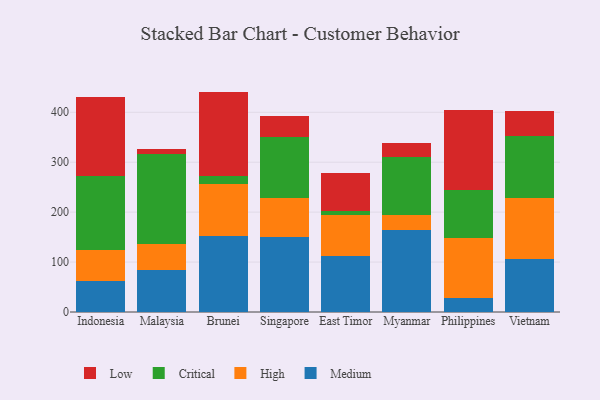
{"axis": {"x": "Country", "y": "Latency (ms)"}, "legend": ["Critical", "High", "Low", "Medium"], "data": [{"x": "Indonesia", "y": 62.6, "type": "Medium"}, {"x": "Indonesia", "y": 62.2, "type": "High"}, {"x": "Indonesia", "y": 148.1, "type": "Critical"}, {"x": "Indonesia", "y": 157.6, "type": "Low"}, {"x": "Malaysia", "y": 83.9, "type": "Medium"}, {"x": "Malaysia", "y": 52.0, "type": "High"}, {"x": "Malaysia", "y": 179.7, "type": "Critical"}, {"x": "Malaysia", "y": 10.6, "type": "Low"}, {"x": "Brunei", "y": 152.7, "type": "Medium"}, {"x": "Brunei", "y": 104.2, "type": "High"}, {"x": "Brunei", "y": 15.4, "type": "Critical"}, {"x": "Brunei", "y": 169.1, "type": "Low"}, {"x": "Singapore", "y": 149.3, "type": "Medium"}, {"x": "Singapore", "y": 79.4, "type": "High"}, {"x": "Singapore", "y": 120.9, "type": "Critical"}, {"x": "Singapore", "y": 43.8, "type": "Low"}, {"x": "East Timor", "y": 112.1, "type": "Medium"}, {"x": "East Timor", "y": 81.8, "type": "High"}, {"x": "East Timor", "y": 8.3, "type": "Critical"}, {"x": "East Timor", "y": 75.8, "type": "Low"}, {"x": "Myanmar", "y": 164.8, "type": "Medium"}, {"x": "Myanmar", "y": 29.9, "type": "High"}, {"x": "Myanmar", "y": 114.9, "type": "Critical"}, {"x": "Myanmar", "y": 29.8, "type": "Low"}, {"x": "Philippines", "y": 28.5, "type": "Medium"}, {"x": "Philippines", "y": 120.4, "type": "High"}, {"x": "Philippines", "y": 96.0, "type": "Critical"}, {"x": "Philippines", "y": 160.5, "type": "Low"}, {"x": "Vietnam", "y": 107.1, "type": "Medium"}, {"x": "Vietnam", "y": 120.8, "type": "High"}, {"x": "Vietnam", "y": 123.8, "type": "Critical"}, {"x": "Vietnam", "y": 51.5, "type": "Low"}]}